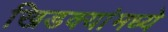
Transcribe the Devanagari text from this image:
खिडक्यांमध्ये